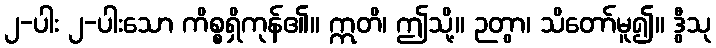
၂-ပါး ၂-ပါးသော ကိစ္စရှိကုန်၏။ ဣတိ၊ ဤသို့။ ဉတွာ၊ သိတော်မူ၍။ ဒွီသု